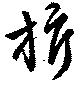
旂